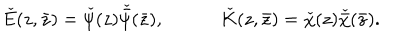
\check { E } ( z , \bar { z } ) = \check { \psi } ( z ) \check { \bar { \psi } } ( \bar { z } ) , \check { K } ( z , \bar { z } ) = \check { \chi } ( z ) \check { \bar { \chi } } ( \bar { z } ) .